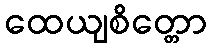
ထေယျစိတ္တော